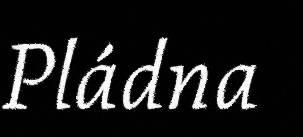
Pládna